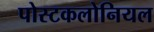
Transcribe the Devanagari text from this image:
पोस्टकलोनियल